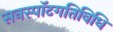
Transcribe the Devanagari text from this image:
सनस्पॉटगतिविधि